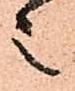
之